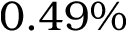
0 . 4 9 \%